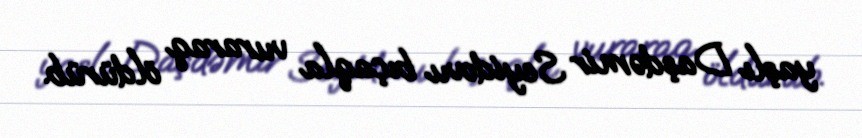
yaşlı Daşdəmir Seyidovu bıçaqla vuraraq öldürüb.